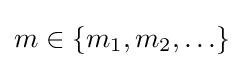
m\in \{m_{1},m_{2},\ldots \}